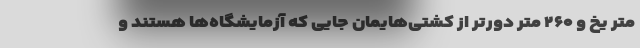
متر یخ و ۲۶۰ متر دورتر از کشتی‌هایمان جایی که آزمایشگاه‌ها هستند و